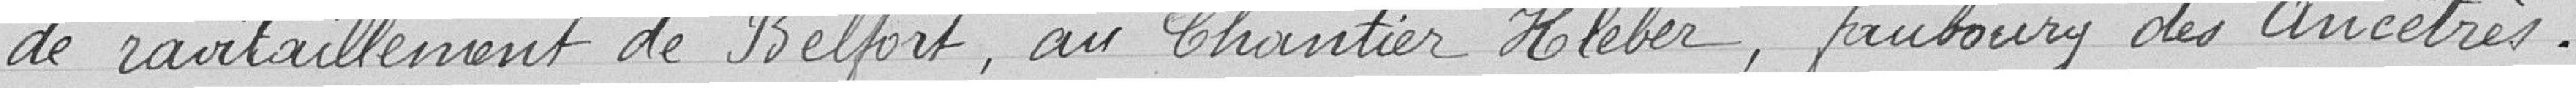
de ravitaillement de Belfort, au chantier Hléber, faubourg des Ancêtres.